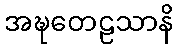
အဍ္ဎတေဠသာနိ